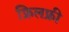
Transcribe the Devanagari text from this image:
फ्रिलफ्री